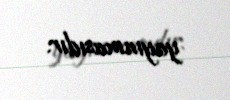
yayınmasıdır.